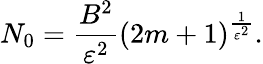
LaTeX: N_{0}=\frac{B^{2}}{\varepsilon^{2}}(2m+1)^{\frac{1}{\varepsilon^{2}}}.